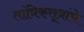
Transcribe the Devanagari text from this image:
तांत्रिकसूत्रांचे